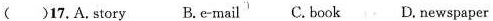
( )17.A.story B.e mail C.book D.newspaper